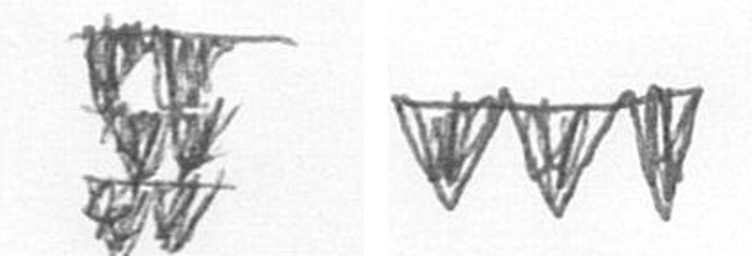
Y L